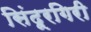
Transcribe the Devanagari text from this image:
सिंदूरगिरी